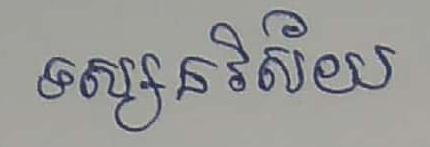
ទស្សនវិស័យ